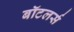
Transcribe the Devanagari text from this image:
बॉटलर्स